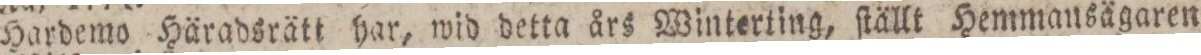
Hardemo Häradsrätt har, wid detta års Winterting, ſtällt Hemmansägaren